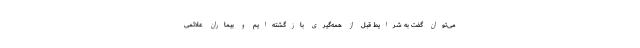
می‌توان گفت به شرایط قبل از همه‌گیری بازگشته‌ایم و بیماران علائمی